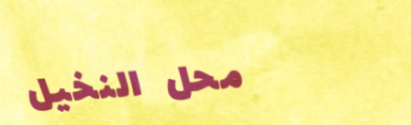
محل النخيل